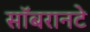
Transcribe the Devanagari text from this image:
सॉबरानटे